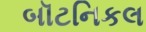
બૉટનિકલ